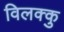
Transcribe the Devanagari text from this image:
विलक्कु